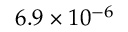
6 . 9 \times 1 0 ^ { - 6 }